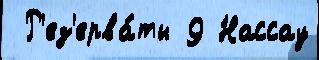
 Р'ез'ерва́ты 9 Нассау